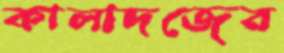
কালাদজের